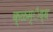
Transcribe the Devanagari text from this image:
क्ळम्ैद्ध